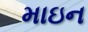
માઇન